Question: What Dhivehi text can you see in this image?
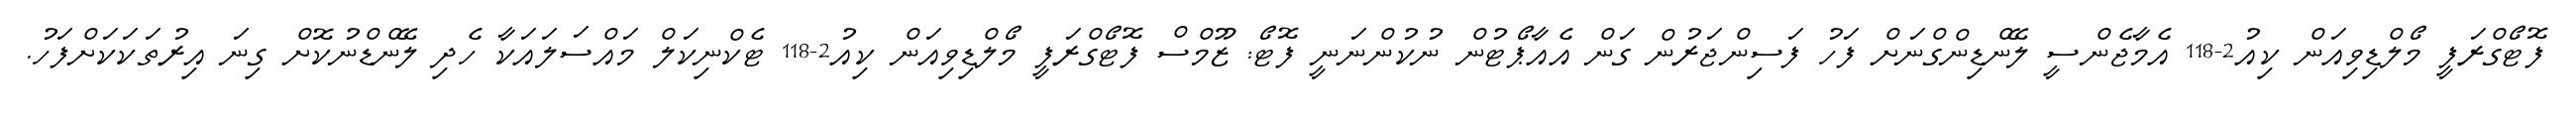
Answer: ފޮޓޯގްރަފީ މޯލްޑިވިއަން ކިއު2-118 އެމާޖެންސީ ލޭންޑިންގްނަށް ފަހު ފަސިންޖަރުން ގަން އެއާޕޯޓުން ނުކުންނަނީ ފޮޓޯ: ޒޫމްސް ފޮޓޯގްރަފީ މޯލްޑިވިއަން ކިއު2-118 ޓެކްނިކަލް މައްސަލައަކާ ހެދި ލޭންޑްނުކޮށް ގިނަ އިރުތަކަކަށްފަހު.